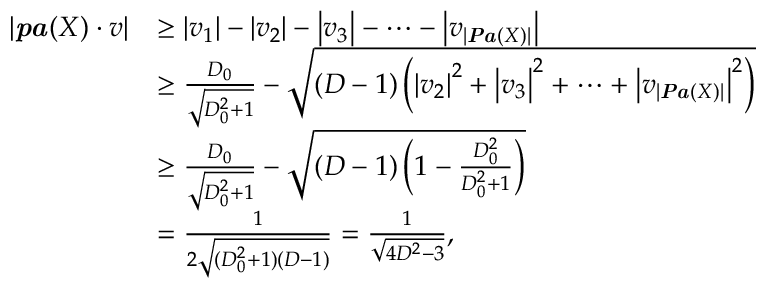
\begin{array} { r l } { | \boldsymbol { \it p a } ( X ) \cdot \boldsymbol { v } | } & { \geq \left| v _ { 1 } \right| - \left| v _ { 2 } \right| - \left| v _ { 3 } \right| - \cdots - \left| v _ { | \boldsymbol { \it P a } ( X ) | } \right| } \\ & { \geq \frac { D _ { 0 } } { \sqrt { D _ { 0 } ^ { 2 } + 1 } } - \sqrt { ( D - 1 ) \left( \left| v _ { 2 } \right| ^ { 2 } + \left| v _ { 3 } \right| ^ { 2 } + \cdots + \left| v _ { | \boldsymbol { \it P a } ( X ) | } \right| ^ { 2 } \right) } } \\ & { \ge \frac { D _ { 0 } } { \sqrt { D _ { 0 } ^ { 2 } + 1 } } - \sqrt { ( D - 1 ) \left( 1 - \frac { D _ { 0 } ^ { 2 } } { D _ { 0 } ^ { 2 } + 1 } \right) } } \\ & { = \frac { 1 } { 2 \sqrt { ( D _ { 0 } ^ { 2 } + 1 ) ( D - 1 ) } } = \frac { 1 } { \sqrt { 4 D ^ { 2 } - 3 } } , } \end{array}